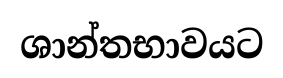
ශාන්තභාවයට